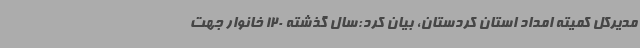
مدیرکل کمیته امداد استان کردستان، بیان کرد:سال گذشته 120 خانوار جهت